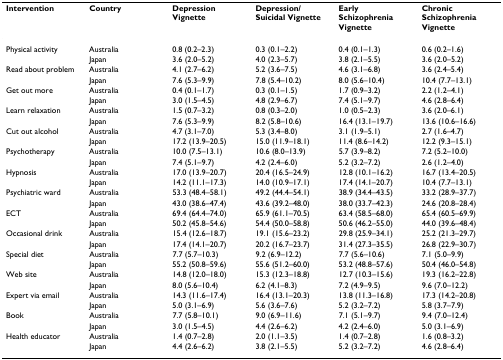
<table><thead><tr><td><b>Intervention</b></td><td><b>Country</b></td><td><b>Depression Vignette</b></td><td><b>Depression/Suicidal Vignette</b></td><td><b>Early Schizophrenia Vignette</b></td><td><b>Chronic Schizophrenia Vignette</b></td></tr></thead><tbody><tr><td>Physical activity</td><td>Australia</td><td>0.8 (0.2–2.3)</td><td>0.3 (0.1–2.2)</td><td>0.4 (0.1–1.3)</td><td>0.6 (0.2–1.6)</td></tr><tr><td></td><td>Japan</td><td>3.6 (2.0–5.2)</td><td>4.0 (2.3–5.7)</td><td>3.8 (2.1–5.5)</td><td>3.6 (2.0–5.2)</td></tr><tr><td>Read about problem</td><td>Australia</td><td>4.1 (2.7–6.2)</td><td>5.2 (3.6–7.5)</td><td>4.6 (3.1–6.8)</td><td>3.6 (2.4–5.4)</td></tr><tr><td></td><td>Japan</td><td>7.6 (5.3–9.9)</td><td>7.8 (5.4–10.2)</td><td>8.0 (5.6–10.4)</td><td>10.4 (7.7–13.1)</td></tr><tr><td>Get out more</td><td>Australia</td><td>0.4 (0.1–1.7)</td><td>0.3 (0.1–1.5)</td><td>1.7 (0.9–3.2)</td><td>2.2 (1.2–4.1)</td></tr><tr><td></td><td>Japan</td><td>3.0 (1.5–4.5)</td><td>4.8 (2.9–6.7)</td><td>7.4 (5.1–9.7)</td><td>4.6 (2.8–6.4)</td></tr><tr><td>Learn relaxation</td><td>Australia</td><td>1.5 (0.7–3.2)</td><td>0.8 (0.3–2.0)</td><td>1.0 (0.5–2.3)</td><td>3.6 (2.0–6.1)</td></tr><tr><td></td><td>Japan</td><td>7.6 (5.3–9.9)</td><td>8.2 (5.8–10.6)</td><td>16.4 (13.1–19.7)</td><td>13.6 (10.6–16.6)</td></tr><tr><td>Cut out alcohol</td><td>Australia</td><td>4.7 (3.1–7.0)</td><td>5.3 (3.4–8.0)</td><td>3.1 (1.9–5.1)</td><td>2.7 (1.6–4.7)</td></tr><tr><td></td><td>Japan</td><td>17.2 (13.9–20.5)</td><td>15.0 (11.9–18.1)</td><td>11.4 (8.6–14.2)</td><td>12.2 (9.3–15.1)</td></tr><tr><td>Psychotherapy</td><td>Australia</td><td>10.0 (7.5–13.1)</td><td>10.6 (8.0–13.9)</td><td>5.7 (3.9–8.2)</td><td>7.2 (5.2–10.0)</td></tr><tr><td></td><td>Japan</td><td>7.4 (5.1–9.7)</td><td>4.2 (2.4–6.0)</td><td>5.2 (3.2–7.2)</td><td>2.6 (1.2–4.0)</td></tr><tr><td>Hypnosis</td><td>Australia</td><td>17.0 (13.9–20.7)</td><td>20.4 (16.5–24.9)</td><td>12.8 (10.1–16.2)</td><td>16.7 (13.4–20.5)</td></tr><tr><td></td><td>Japan</td><td>14.2 (11.1–17.3)</td><td>14.0 (10.9–17.1)</td><td>17.4 (14.1–20.7)</td><td>10.4 (7.7–13.1)</td></tr><tr><td>Psychiatric ward</td><td>Australia</td><td>53.3 (48.4–58.1)</td><td>49.2 (44.4–54.1)</td><td>38.9 (34.4–43.5)</td><td>33.2 (28.9–37.7)</td></tr><tr><td></td><td>Japan</td><td>43.0 (38.6–47.4)</td><td>43.6 (39.2–48.0)</td><td>38.0 (33.7–42.3)</td><td>24.6 (20.8–28.4)</td></tr><tr><td>ECT</td><td>Australia</td><td>69.4 (64.4–74.0)</td><td>65.9 (61.1–70.5)</td><td>63.4 (58.5–68.0)</td><td>65.4 (60.5–69.9)</td></tr><tr><td></td><td>Japan</td><td>50.2 (45.8–54.6)</td><td>54.4 (50.0–58.8)</td><td>50.6 (46.2–55.0)</td><td>44.0 (39.6–48.4)</td></tr><tr><td>Occasional drink</td><td>Australia</td><td>15.4 (12.6–18.7)</td><td>19.1 (15.6–23.2)</td><td>29.8 (25.9–34.1)</td><td>25.2 (21.3–29.7)</td></tr><tr><td></td><td>Japan</td><td>17.4 (14.1–20.7)</td><td>20.2 (16.7–23.7)</td><td>31.4 (27.3–35.5)</td><td>26.8 (22.9–30.7)</td></tr><tr><td>Special diet</td><td>Australia</td><td>7.7 (5.7–10.3)</td><td>9.2 (6.9–12.2)</td><td>7.7 (5.6–10.6)</td><td>7.1 (5.0–9.9)</td></tr><tr><td></td><td>Japan</td><td>55.2 (50.8–59.6)</td><td>55.6 (51.2–60.0)</td><td>53.2 (48.8–57.6)</td><td>50.4 (46.0–54.8)</td></tr><tr><td>Web site</td><td>Australia</td><td>14.8 (12.0–18.0)</td><td>15.3 (12.3–18.8)</td><td>12.7 (10.3–15.6)</td><td>19.3 (16.2–22.8)</td></tr><tr><td></td><td>Japan</td><td>8.0 (5.6–10.4)</td><td>6.2 (4.1–8.3)</td><td>7.2 (4.9–9.5)</td><td>9.6 (7.0–12.2)</td></tr><tr><td>Expert via email</td><td>Australia</td><td>14.3 (11.6–17.4)</td><td>16.4 (13.1–20.3)</td><td>13.8 (11.3–16.8)</td><td>17.3 (14.2–20.8)</td></tr><tr><td></td><td>Japan</td><td>5.0 (3.1–6.9)</td><td>5.6 (3.6–7.6)</td><td>5.2 (3.2–7.2)</td><td>5.8 (3.7–7.9)</td></tr><tr><td>Book</td><td>Australia</td><td>7.7 (5.8–10.1)</td><td>9.0 (6.9–11.6)</td><td>7.1 (5.1–9.7)</td><td>9.4 (7.0–12.4)</td></tr><tr><td></td><td>Japan</td><td>3.0 (1.5–4.5)</td><td>4.4 (2.6–6.2)</td><td>4.2 (2.4–6.0)</td><td>5.0 (3.1–6.9)</td></tr><tr><td>Health educator</td><td>Australia</td><td>1.4 (0.7–2.8)</td><td>2.0 (1.1–3.5)</td><td>1.4 (0.7–2.8)</td><td>1.6 (0.8–3.2)</td></tr><tr><td></td><td>Japan</td><td>4.4 (2.6–6.2)</td><td>3.8 (2.1–5.5)</td><td>5.2 (3.2–7.2)</td><td>4.6 (2.8–6.4)</td></tr></tbody></table>